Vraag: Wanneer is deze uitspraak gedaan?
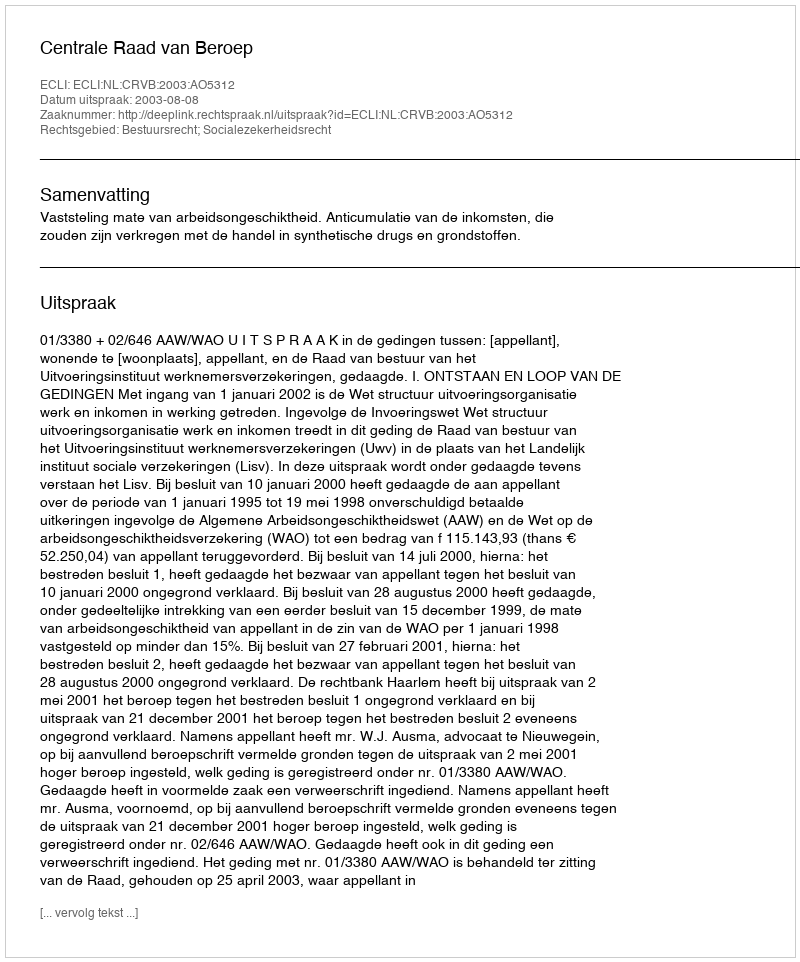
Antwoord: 2003-08-08